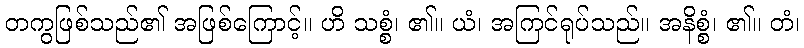
တကွဖြစ်သည်၏ အဖြစ်ကြောင့်။ ဟိ သစ္စံ၊ ၏။ ယံ၊ အကြင်ရုပ်သည်။ အနိစ္စံ၊ ၏။ တံ၊